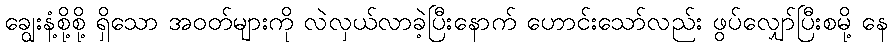
ချွေးနံ့စို့စို့ ရှိသော အဝတ်များကို လဲလှယ်လာခဲ့ပြီးနောက် ဟောင်းသော်လည်း ဖွပ်လျှော်ပြီးစမို့ နေ